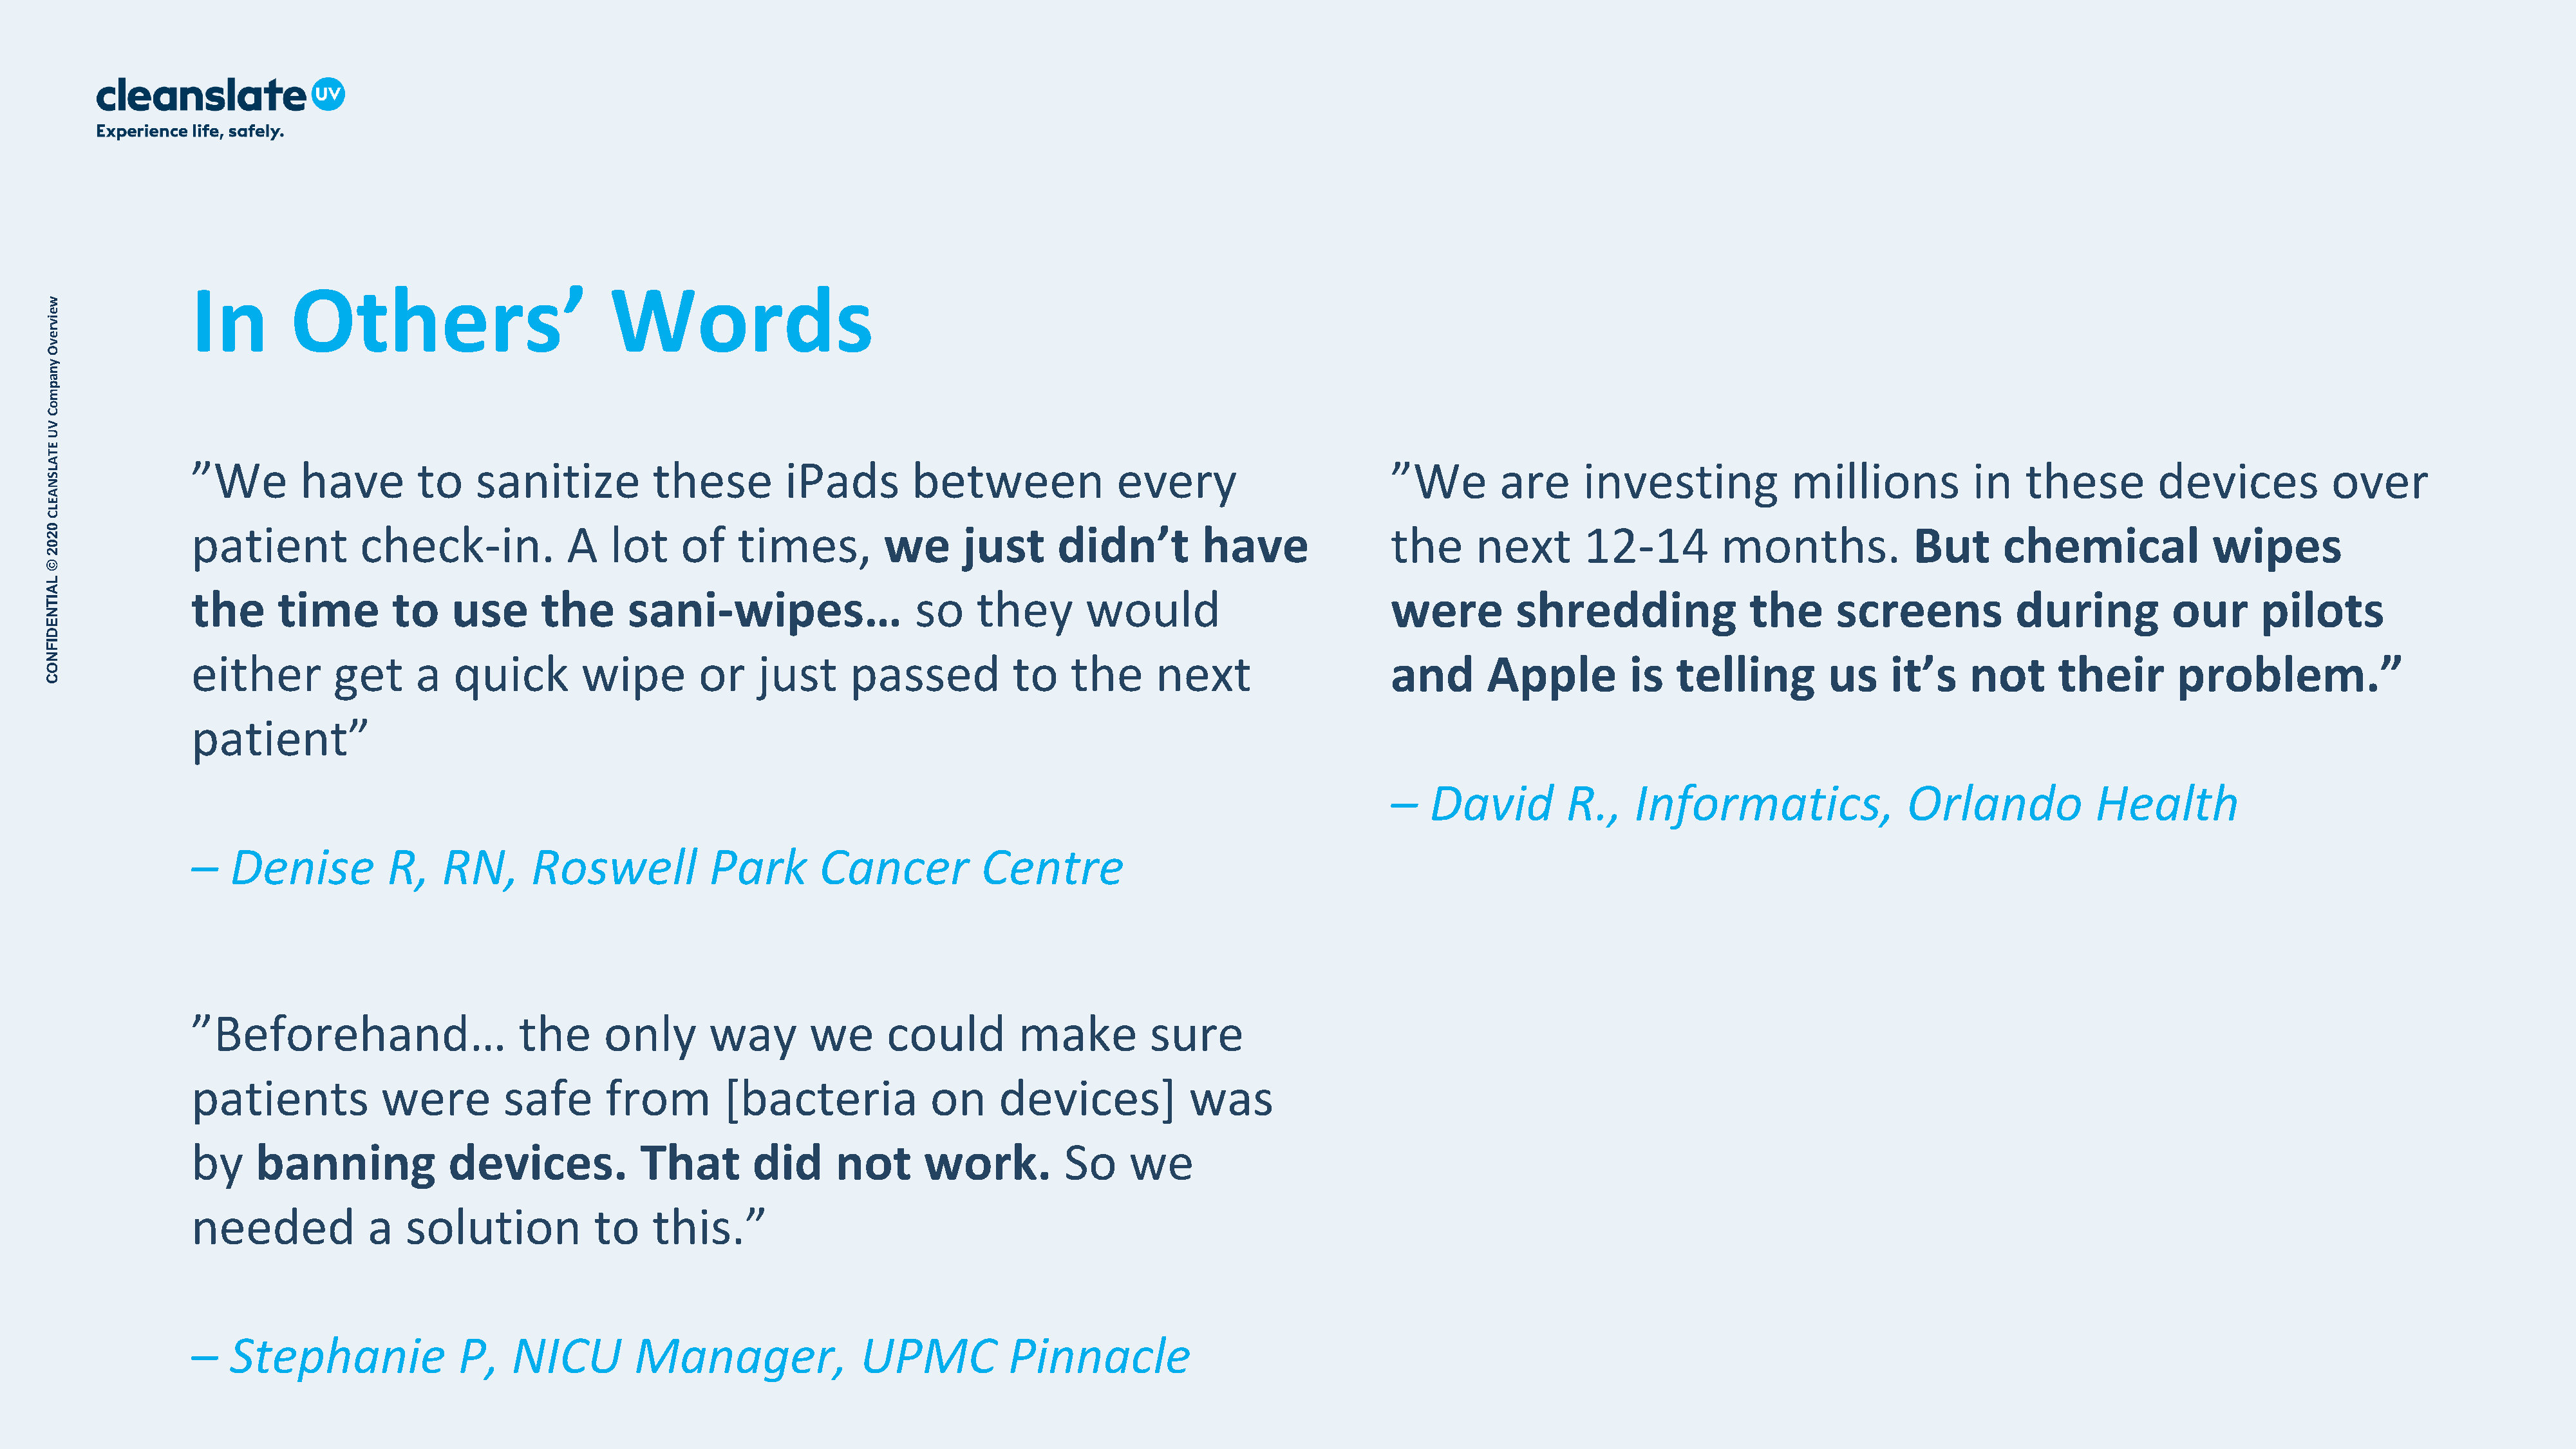
In        Others’                          Words
 w
 e
 iv
 r
 e
 v
 O
 y
 n
 a
 p
 m
 o
 C
 V
 U
 E
 T
 A              ”We        have        to    sanitize          these         iPads        between              every                       ”We        are      investing            millions           in   these         devices           over
 L
 S
 N
 A
 E
 L
 C
 0              patient          check-in.            A    lot    of    times,         we      just      didn’t         have               the      next       12-14         months.             But      chemical             wipes
 2
 0
 2
 ©
 L
 A              the      time       to    use       the      sani-wipes…                  so    they        would                          were         shredding               the      screens           during          our      pilots
 IT
 N
 E
 D
 I
 F
 N              either        get      a   quick        wipe        or    just     passed           to    the      next                    and       Apple         is   telling         us    it’s    not       their       problem.”
 O
 C
 patient”
 –   David         R.,    Informatics,                Orlando            Health
 –   Denise          R,   RN,       Roswell           Park       Cancer           Centre
 ”Beforehand…                     the      only       way       we      could         make         sure
 patients           were         safe      from        [bacteria             on     devices]           was
 by    banning             devices.            That       did      not      work.         So     we
 needed            a   solution           to    this.”
 –   Stephanie              P,    NICU        Manager,               UPMC            Pinnacle